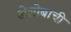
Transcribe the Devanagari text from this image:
खेलोबाची